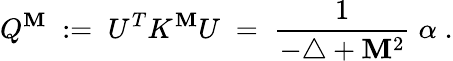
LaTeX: Q^{\mathbf{M}}\; :=\; U^{T}K^{\mathbf{M}}U\; =\; \frac{{1}}{{-\triangle+\mathbf{M}^{2}}}\; \alpha\; .